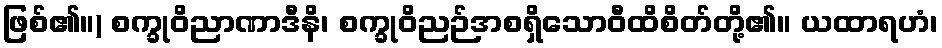
ဖြစ်၏။) စက္ခုဝိညာဏာဒီနိ၊ စက္ခုဝိညဉ်အစရှိသောဝီထိစိတ်တို့၏။ ယထာရဟံ၊